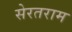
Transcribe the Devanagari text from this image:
सेरतराम